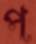
প